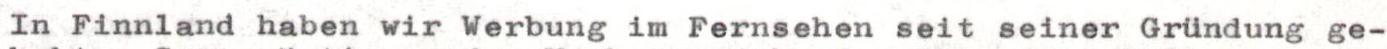
In Finnland haben wir Werbung im Fernsehen seit seiner Gründung ge-